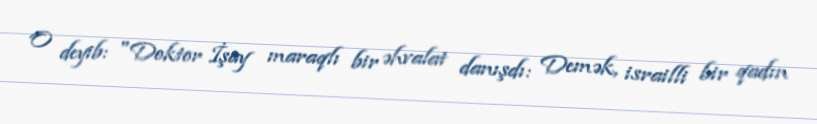
O deyib: "Doktor İşay maraqlı bir əhvalat danışdı: Demək, israilli bir qadın